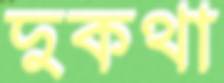
দুকথা